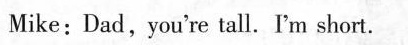
Mike: Dad, you're tall. I'm short.